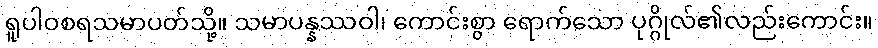
ရူပါဝစရသမာပတ်သို့။ သမာပန္နဿဝါ၊ ကောင်းစွာ ရောက်သော ပုဂ္ဂိုလ်၏လည်းကောင်း။